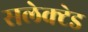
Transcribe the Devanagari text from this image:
सलेक्टेड